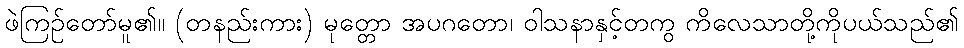
ဖဲကြဉ်တော်မူ၏။ (တနည်းကား) မုတ္တော အပဂတော၊ ဝါသနာနှင့်တကွ ကိလေသာတို့ကိုပယ်သည်၏